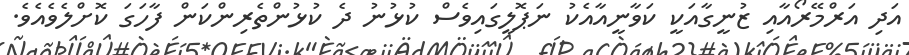
އަދި އަރްމޭރޯއާއި ޒުނީގާއަކީ ކަވާނީއާއެކު ނަޕޮލީގައިވެސް ކުޅުނު ދެ ކުޅުންތެރިންކަން ފާހަގަ ކޮށްލެވެއެވެ.